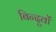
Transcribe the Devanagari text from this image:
बिन्दुवों